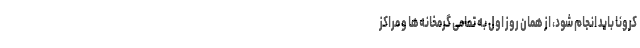
کرونا باید انجام شود، از همان روز اول به تمامی گرمخانه‌ها و مراکز